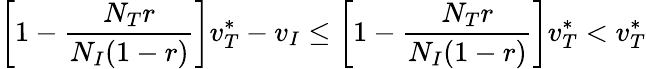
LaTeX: \left[1-\frac{N_{T}r}{N_{I}(1-r)}\right]v_{T}^{*}-v_{I}\le\left[1-\frac{N_{T}r}{N_{I}(1-r)}\right]v_{T}^{*}<v_{T}^{*}